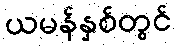
ယမန်နှစ်တွင်